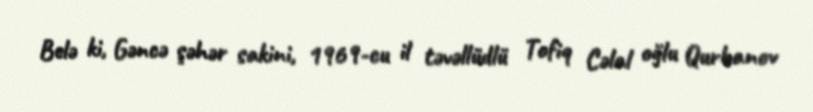
Belə ki, Gəncə şəhər sakini, 1969-cu il təvəllüdlü Tofiq Cəlal oğlu Qurbanov